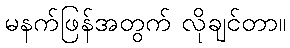
မနက်ဖြန်အတွက် လိုချင်တာ။